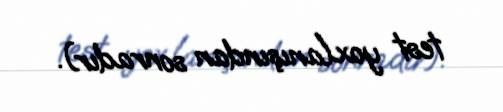
test yoxlanışından sonradır).